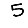
Digit: 5